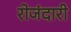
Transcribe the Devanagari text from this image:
रोजंदारी